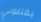
يقتلوني